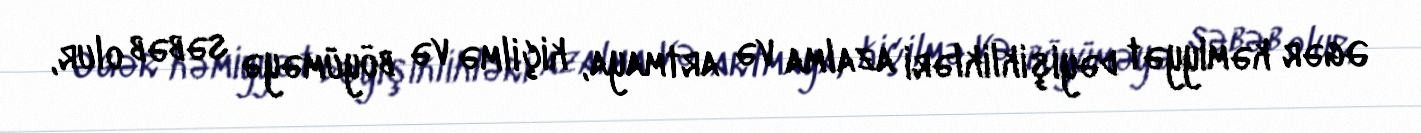
Əgər kəmiyyət dəyişiklikləri azalma və artmaya, kiçilmə və böyüməyə səbəb olur,